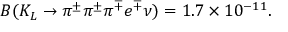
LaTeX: B ( K _ { L } \rightarrow \pi ^ { \pm } \pi ^ { \pm } \pi ^ { \mp } e ^ { \mp } \nu ) = 1 . 7 \times 1 0 ^ { - 1 1 } .